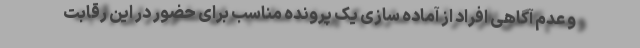
و عدم آگاهی افراد از آماده سازی یک پرونده مناسب برای حضور در این رقابت